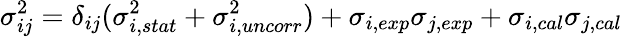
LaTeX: \sigma_{ij}^{2}=\delta_{ij}(\sigma_{i,stat}^{2}+\sigma_{i,uncorr}^{2})+\sigma_{i,exp}\sigma_{j,exp}+\sigma_{i,cal}\sigma_{j,cal}